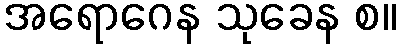
အရောဂေန သုခေန စ။